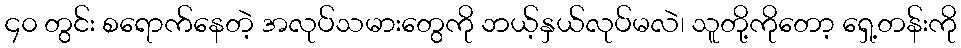
၄၀ တွင်း စရောက်နေတဲ့ အလုပ်သမားတွေကို ဘယ့်နှယ်လုပ်မလဲ၊ သူတို့ကိုတော့ ရှေ့တန်းကို